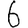
Digit: 6